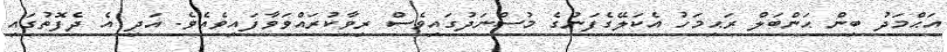
އަޙްމަދު ބިން ޙަންބަލް ރަޙިމަހު އެކަލޭގެފަނުގެ މުސްނަދުގައިވެސް ރިވާކުރައްވަވާފައިވެއެވެ. އަދި އެ ދެފޮތުގައި